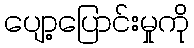
ပျော့ပြောင်းမှုကို